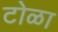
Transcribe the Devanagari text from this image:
टोळा